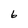
Character: 6